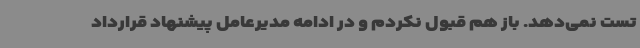
تست نمی‌دهد. باز هم قبول نکردم و در ادامه مدیرعامل پیشنهاد قرارداد